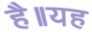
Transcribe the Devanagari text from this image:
है॥यह